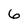
Character: 6